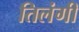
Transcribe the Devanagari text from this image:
तिलंगी